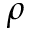
\rho